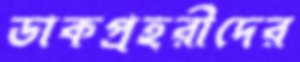
ডাকপ্রহরীদের